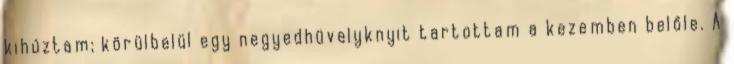
kihúztam; körülbelül egy negyedhüvelyknyit tartottam a kezemben belőle. A